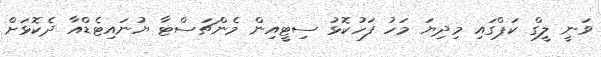
ވަނީ ލީގް ކަޕްގައި މިދިޔަ މަހު ފަހުކޮޅު ސިޓީއިން މެންޗަސްޓާ ޔުނައިޓެޑްއާ ދެކޮޅަށް